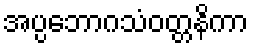
အပ္ပဘောဂသံဝတ္တနိကာ